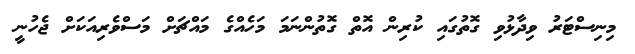
މިނިސްޓަރު ވިދާޅުވި ގޮތުގައި ކުރިން އޮތް ގޮތުންނަމަ މަހެއްގެ މައްޗަށް މަސްވެރިއަކަށް ޖެހުނީ